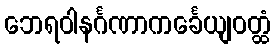
ဘေရဝါနင်္ဂဏာကင်္ခေယျဝတ္ထံ